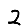
Digit: 2